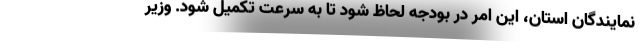
نمایندگان استان، این امر در بودجه لحاظ شود تا به سرعت تکمیل شود. وزیر